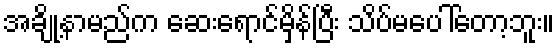
အချို့နာမည်က ဆေးရောင်မှိန်ပြီး သိပ်မပေါ်တော့ဘူး။